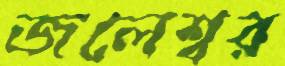
জলেশ্বর